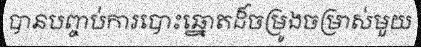
បានបញ្ចប់ការបោះឆ្នោតដ៏ចម្រូងចម្រាស់មួយ